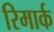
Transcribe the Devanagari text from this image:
रिमार्क